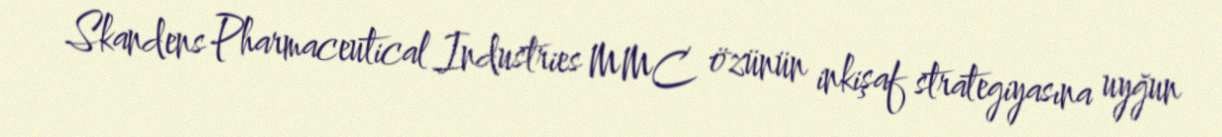
Skandens Pharmaceutical Industries MMC özünün inkişaf strategiyasına uyğun